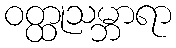
ဝတ္ထုသမ္ဘာရာ